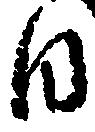
日